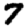
Digit: 7